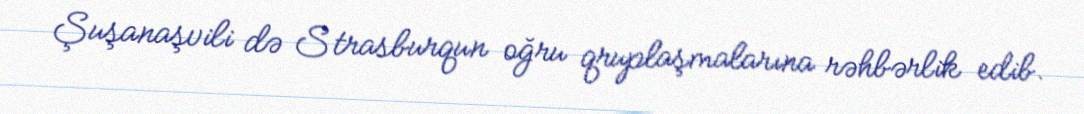
Şuşanaşvili də Strasburqun oğru qruplaşmalarına rəhbərlik edib.